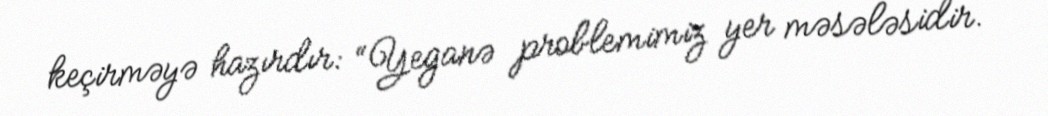
keçirməyə hazırdır: “Yeganə problemimiz yer məsələsidir.